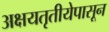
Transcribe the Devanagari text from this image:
अक्षयतृतीयेपासून